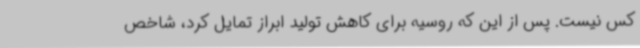
کس نیست. پس از این که روسیه برای کاهش تولید ابراز تمایل کرد، شاخص